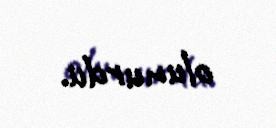
olunurdu.